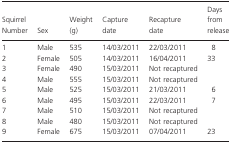
| Squirrel Number | Sex | Weight (g) | Capture date | Recapture date | Days from release |
 | --- | --- | --- | --- | --- | --- |
 | 1 | Male | 535 | 14/03/2011 | 22/03/2011 | 8 |
 | 2 | Female | 505 | 14/03/2011 | 16/04/2011 | 33 |
 | 3 | Female | 490 | 15/03/2011 | Not recaptured |  |
 | 4 | Male | 555 | 15/03/2011 | Not recaptured |  |
 | 5 | Male | 525 | 15/03/2011 | 21/03/2011 | 6 |
 | 6 | Male | 495 | 15/03/2011 | 22/03/2011 | 7 |
 | 7 | Male | 510 | 15/03/2011 | Not recaptured |  |
 | 8 | Male | 480 | 15/03/2011 | Not recaptured |  |
 | 9 | Female | 675 | 15/03/2011 | 07/04/2011 | 23 |